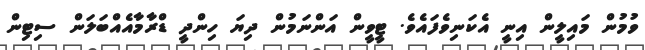
ވުމުން މައިލީން އިނީ އެކަނިވެފައެވެ. ޓީވީން އަންނަމުން ދިޔަ ހިންދީ ޑްރާމާއެއްބަލަން ސިޓިން